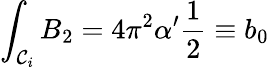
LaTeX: \int_{{\cal C}_{i}}B_{2}=4\pi^{2}\alpha^{\prime}\frac{1}{2}\equiv b_{0}